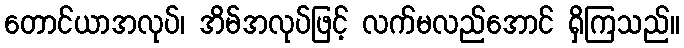
တောင်ယာအလုပ်၊ အိမ်အလုပ်ဖြင့် လက်မလည်အောင် ရှိကြသည်။